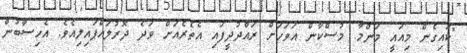
"ކައިގެން މިއައީ މަންމާ. މުސްކާން އަވަހަށް ރައްދުދީފައި އެތެރެއަށް ވަދެ ދޮރުލައްޕައިލިއެވެ. އެހިސާބުން